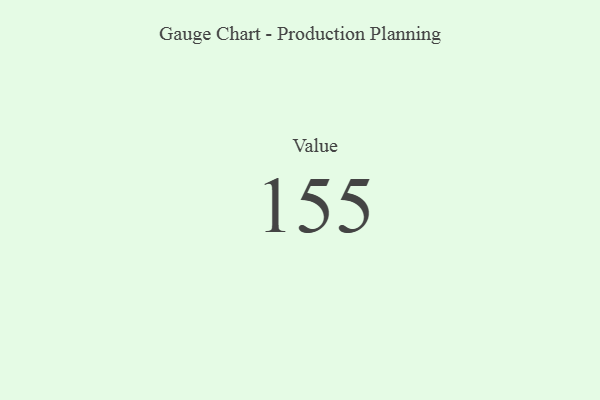
{"axis": {"x": "Metric", "y": "Value"}, "legend": [""], "data": [{"x": "Value", "y": 155, "type": ""}]}